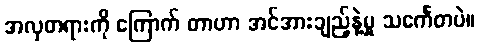
အလှတရားကို ကြောက် တာဟာ အင်အားချည့်နဲ့မှု သင်္ကေတပဲ။